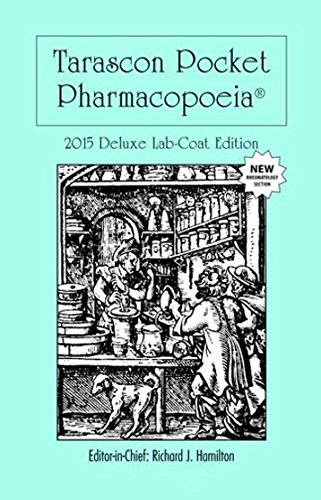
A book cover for Tarascon Pocket Pharmacopoeia 2015 Deluxe Lab-Coat Edition; MD, FAAEM, FACMT, FACEP, Editor in Chief, Richard J. Hamilton; Medical Books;